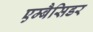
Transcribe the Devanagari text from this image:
एम्बैसिडर